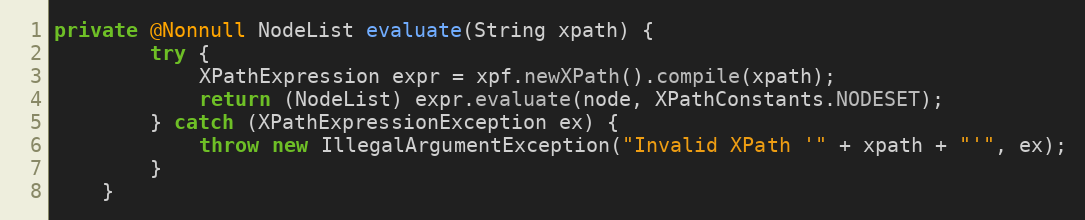
Language: Java
private @Nonnull NodeList evaluate(String xpath) {
        try {
            XPathExpression expr = xpf.newXPath().compile(xpath);
            return (NodeList) expr.evaluate(node, XPathConstants.NODESET);
        } catch (XPathExpressionException ex) {
            throw new IllegalArgumentException("Invalid XPath '" + xpath + "'", ex);
        }
    }